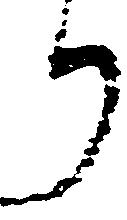
り